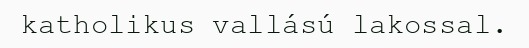
katholikus vallású lakossal.